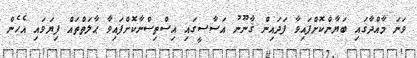
ވަނަ މާއްދާގައި ބަޔާންކޮށްފައިވާ ފަދައިން ޤާނޫނު އަސާސީގައި އިސްތިސްނާކޮށްފައިވާ ޙާލަތްތައް ފިޔަވައި އެހެން